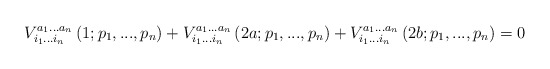
\begin{align*}V_{i_1...i_n}^{a_1...a_n}\left( 1;p_1,...,p_n\right)+V_{i_1...i_n}^{a_1...a_n}\left( 2a;p_1,...,p_n\right)+V_{i_1...i_n}^{a_1...a_n}\left( 2b;p_1,...,p_n\right) =0 \end{align*}